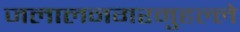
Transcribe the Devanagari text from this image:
जलालनगरमुहल्ले